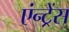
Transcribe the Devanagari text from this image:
एंन्ट्रेंस